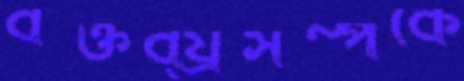
বক্তব্য্রসম্পর্কে